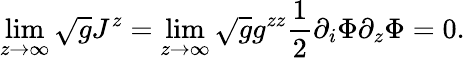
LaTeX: \operatorname*{lim}_{z\to\infty}\sqrt{g}J^{z}=\operatorname*{lim}_{z\to\infty}\sqrt{g}g^{zz}\frac{1}{2}\partial_{i}\Phi\partial_{z}\Phi=0.